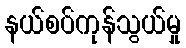
နယ်စပ်ကုန်သွယ်မှု